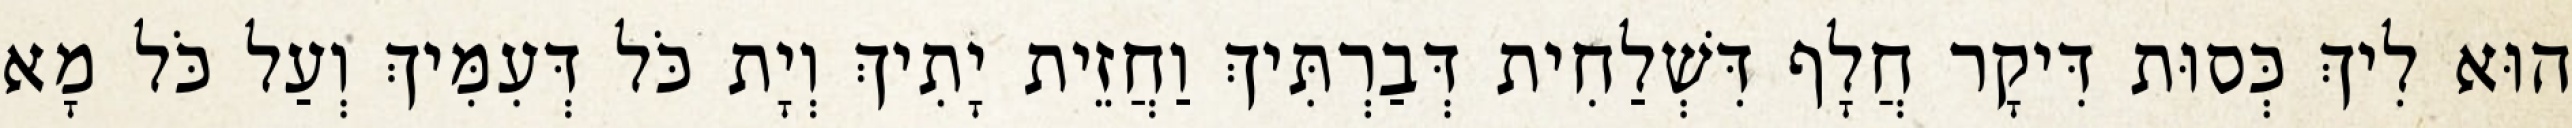
הוּא לִיךְ כְּסוּת דִּיקָר חֲלָף דִּשְׁלַחִית דְּבַרְתִּיךְ וַחֲזֵית יָתִיךְ וְיָת כֹּל דְּעִמִּיךְ וְעַל כֹּל מָא